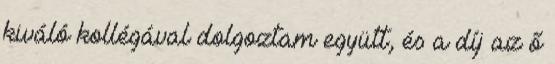
kiváló kollégával dolgoztam együtt, és a díj az ő